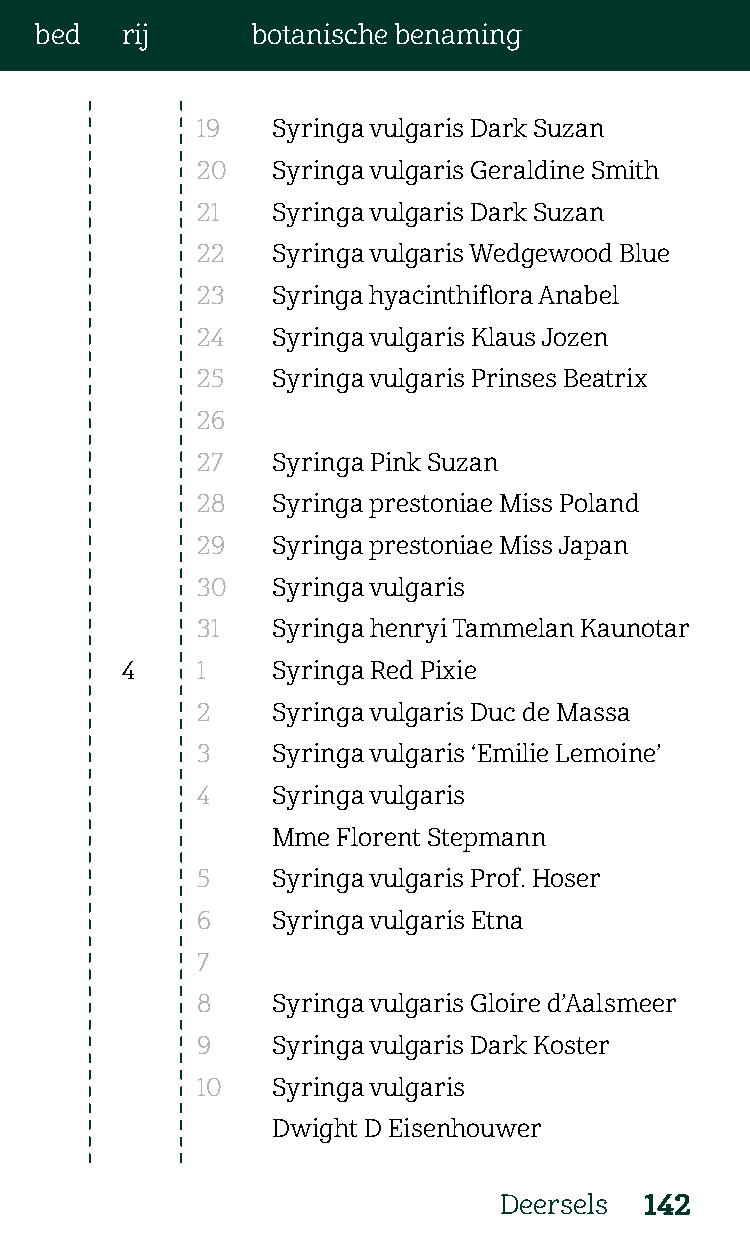
bed   rij      botanische benaming
 19   Syringa vulgaris Dark Suzan
 20   Syringa vulgaris Geraldine Smith
 21   Syringa vulgaris Dark Suzan
 22   Syringa vulgaris Wedgewood Blue
 23   Syringa hyacinthiflora Anabel
 24   Syringa vulgaris Klaus Jozen
 25   Syringa vulgaris Prinses Beatrix
 26
 27   Syringa Pink Suzan
 28   Syringa prestoniae Miss Poland
 29   Syringa prestoniae Miss Japan
 30   Syringa vulgaris
 31   Syringa henryi Tammelan Kaunotar
 4    1    Syringa Red Pixie
 2    Syringa vulgaris Duc de Massa
 3    Syringa vulgaris ‘Emilie Lemoine’
 4    Syringa vulgaris
 Mme Florent Stepmann
 5    Syringa vulgaris Prof. Hoser
 6    Syringa vulgaris Etna
 7
 8    Syringa vulgaris Gloire d’Aalsmeer
 9    Syringa vulgaris Dark Koster
 10   Syringa vulgaris
 Dwight D Eisenhouwer
 Deersels  142